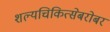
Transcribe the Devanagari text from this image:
शल्यचिकित्सेबरोबर